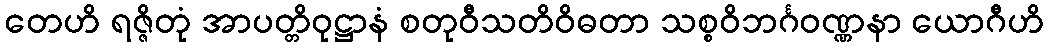
တေဟိ ရဇ္ဇိတုံ အာပတ္တိဝုဋ္ဌာနံ စတုဝီသတိဝိဓတာ သစ္စဝိဘင်္ဂဝဏ္ဏနာ ယောဂီဟိ